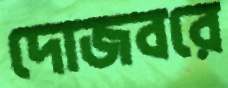
দোজবরে